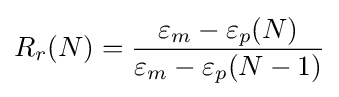
R_{r}(N)={\frac {\varepsilon _{m}-\varepsilon _{p}(N)}{\varepsilon _{m}-\varepsilon _{p}(N-1)}}